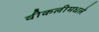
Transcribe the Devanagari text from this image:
वीकलीमधले